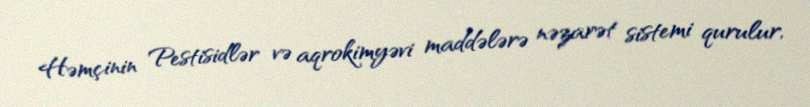
Həmçinin Pestisidlər və aqrokimyəvi maddələrə nəzarət sistemi qurulur,